画像に写った文字を読んでください
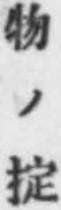
「物ノ掟」と書いてあります